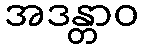
အဒန္တာဝ